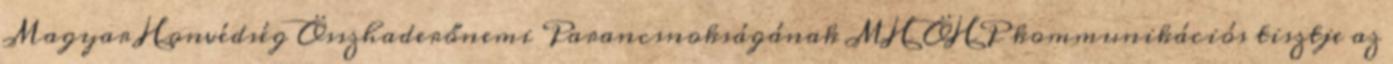
Magyar Honvédség Összhaderőnemi Parancsnokságának MH ÖHP kommunikációs tisztje az